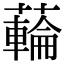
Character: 𮒜